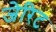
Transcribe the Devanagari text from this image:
जेरिट